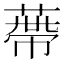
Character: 蔕